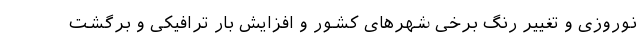
نوروزی و تغییر رنگ برخی شهرهای کشور و افزایش بار ترافیکی و برگشت